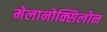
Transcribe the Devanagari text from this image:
मेलानोक्सिलोन